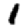
Digit: 1